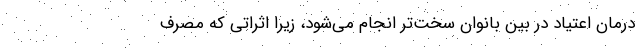
درمان اعتیاد در بین بانوان سخت‌تر انجام می‌شود، زیرا اثراتی که مصرف